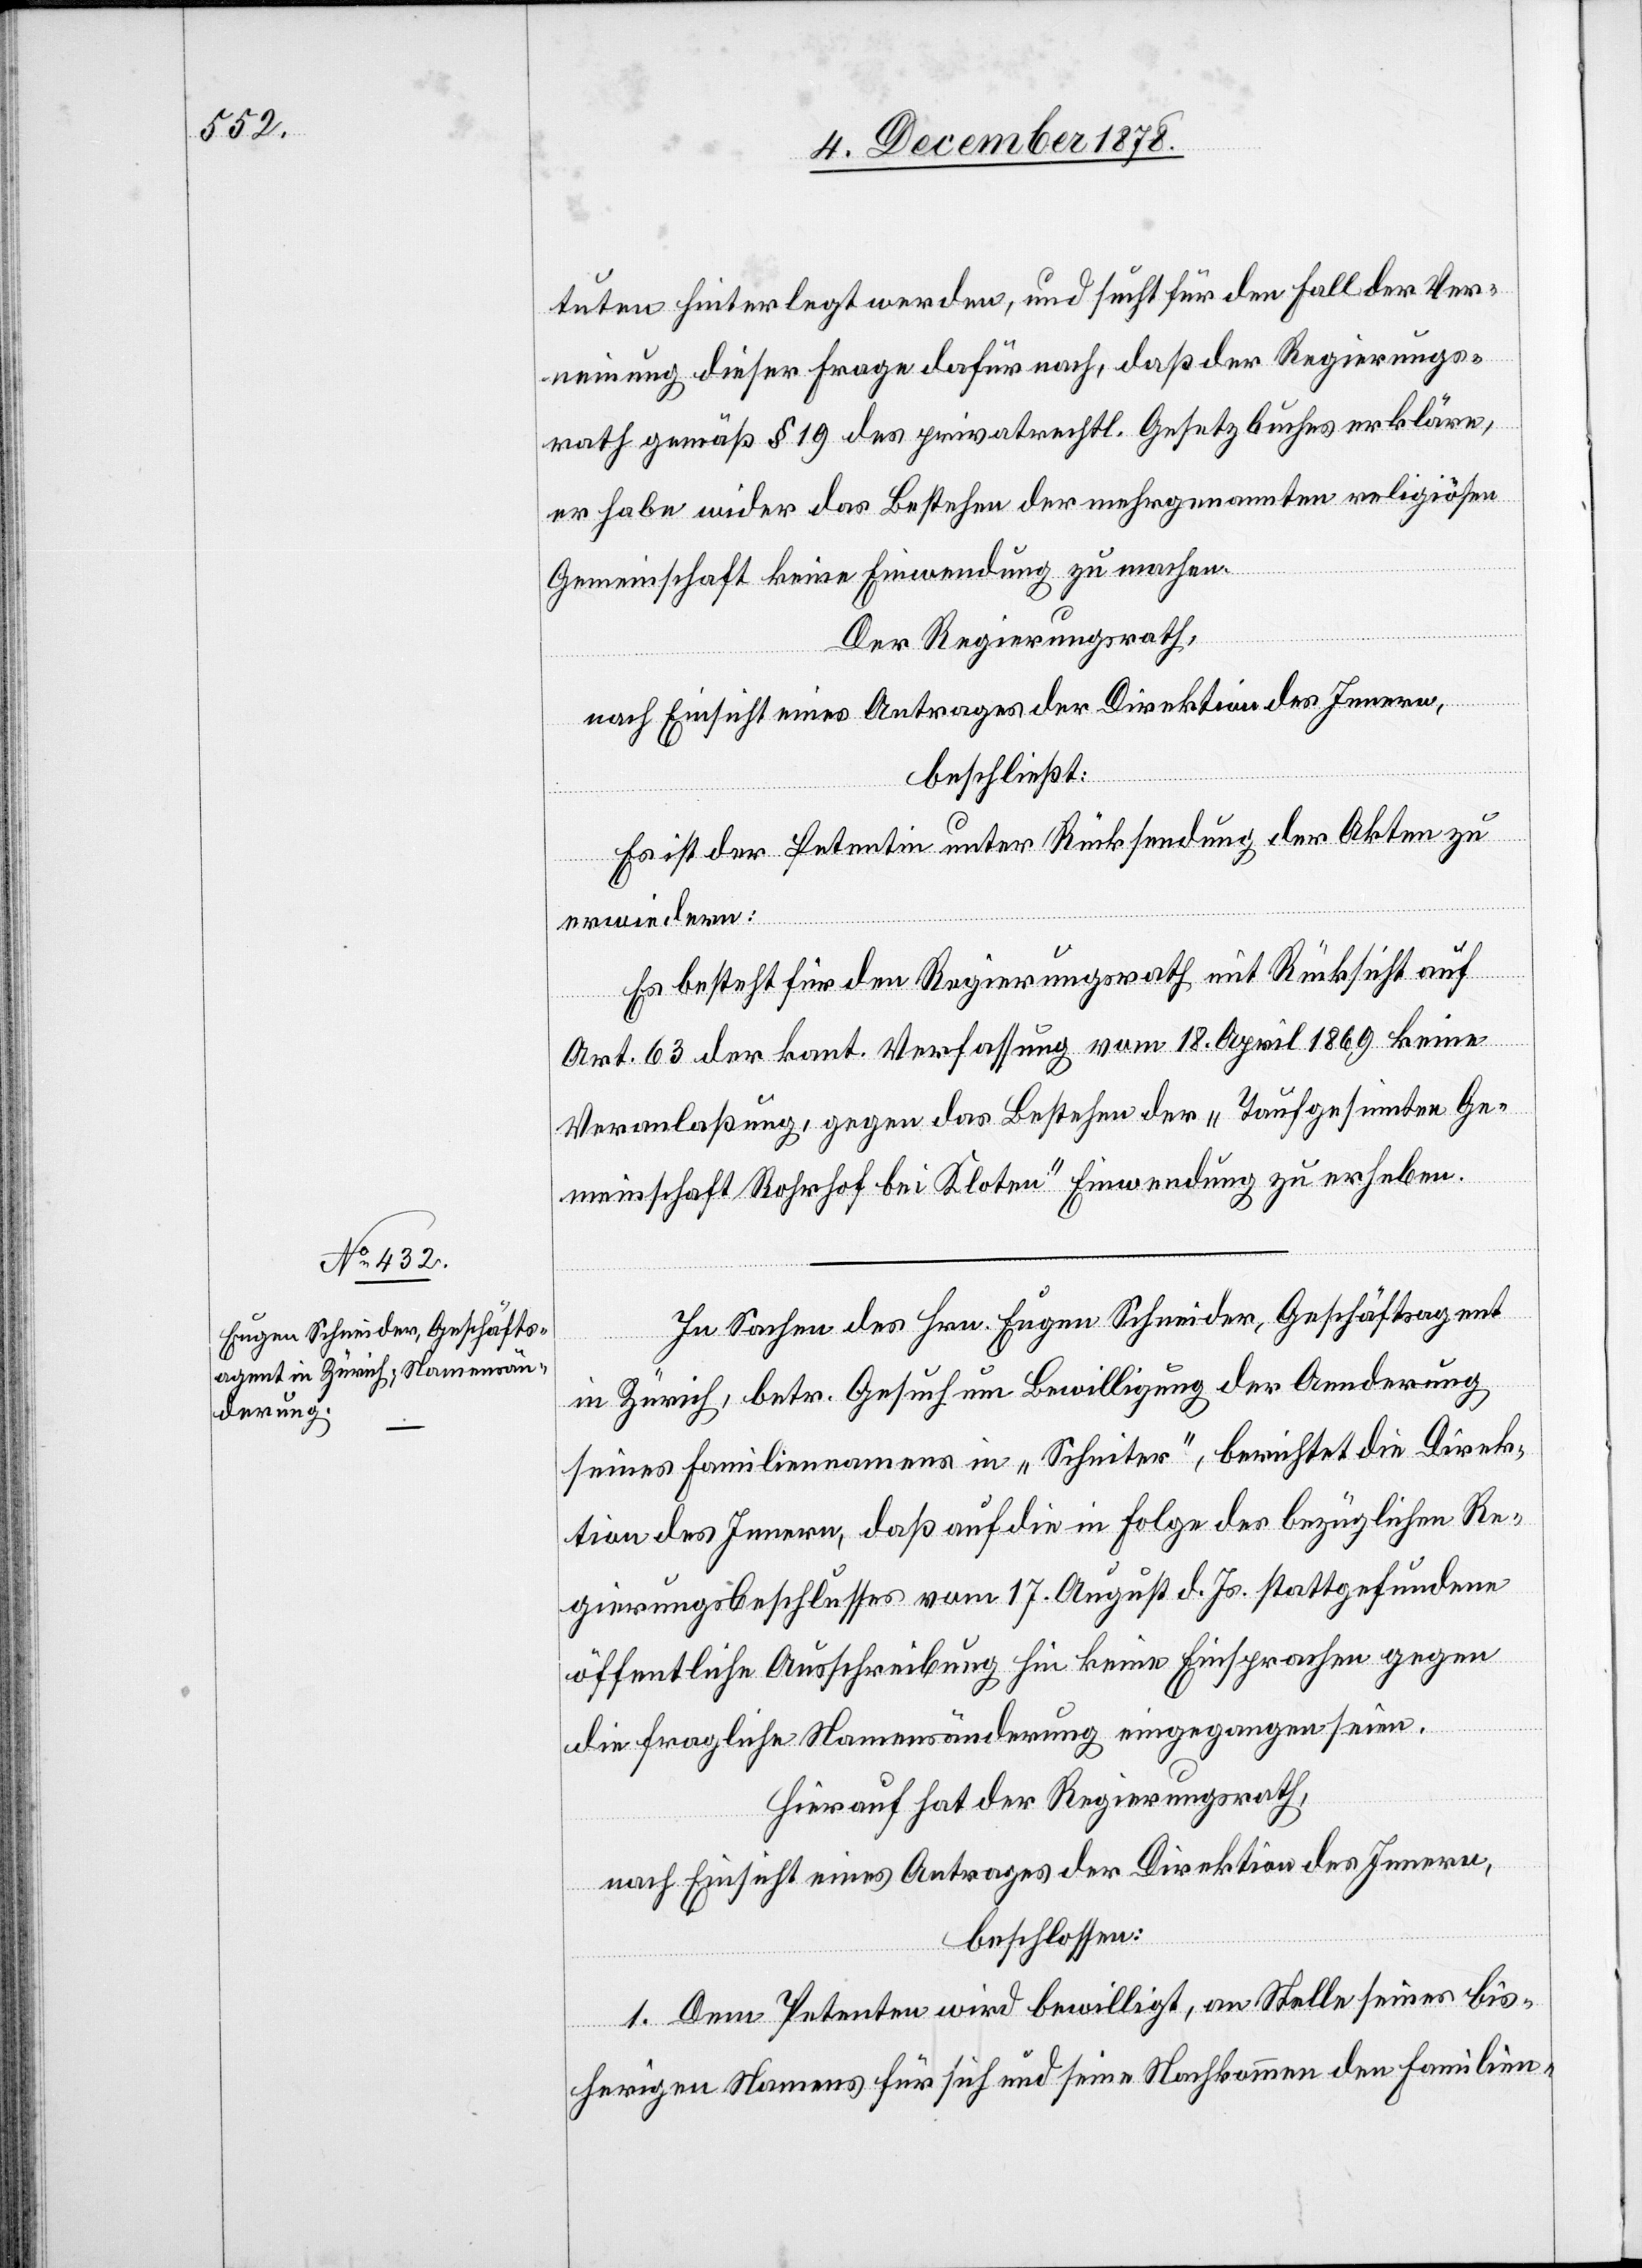
tuten hinterlegt werden, und sucht für den Fall der Ver¬
neinung dieser Frage dafür nach, daß der Regierungs¬
rath gemäß § 19 des pirvatrechtl. Gesetzbuches erkläre,
er habe wider das Bestehen der mehrgenannten religiösen
Gemeinschaft keine Einwendung zu machen.
Der Regierungsrath,
nach Einsicht eines Antrages der Direktion des Innern,
beschließt:
Es ist der Petentin unter Rücksendung der Akten zu
erwiedern:
Es besteht für den Regierungsrath mit Rücksicht auf
Art. 63 der kant. Verfassung vom 18. April 1869 keine
Veranlaßung, gegen das Bestehen der „Taufgesinnten Ge¬
meinschaft Rohrhof bei Kloten“ Einwendung zu erheben.
In Sachen des Hrn. Eugen Schneider, Geschäftsagent
in Zürich, betr. Gesuch um Bewilligung der Aenderung
seines Familiennamens in „Schneiter“, berichtet die Direk¬
tion des Innern, daß auf die in Folge des bezüglichen Re¬
gierungsbeschlusses vom 17. August d. Js. stattgefundene
öffentliche Ausschreibung hin keine Einsprachen gegen
die fragliche Namensänderung eingegangen seien.
Hierauf hat der Regierungsrath,
nach Einsicht eines Antrages der Direktion des Innern,
beschlossen:
1. Dem Petenten wird bewilligt, an Stelle seines bis¬
herigen Namens für sich und seine Nachkommen den Familien-